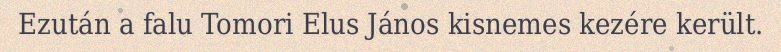
Ezután a falu Tomori Elus János kisnemes kezére került.